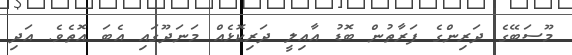
މޫސަބޭގެ ދަރިންގެ ފަރާތުން ބޮޑު އާއިލީ ދަރިކޮޅެއް މަނަދޫގައި އެބަ އޮތެވެ. އަދި